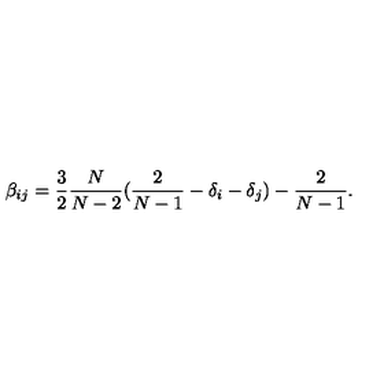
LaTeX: \beta _ { i j } = \frac { 3 } { 2 } \frac { N } { N - 2 } ( \frac { 2 } { N - 1 } - \delta _ { i } - \delta _ { j } ) - \frac { 2 } { N - 1 } .